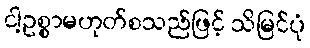
ငါ့ဥစ္စာမဟုတ်စသည်ဖြင့် သိမြင်ပုံ